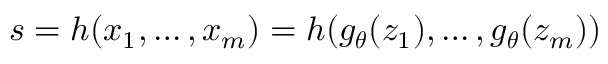
s = h ( x _ { 1 } , \ldots , x _ { m } ) = h ( g _ { \boldsymbol { \theta } } ( z _ { 1 } ) , \ldots , g _ { \boldsymbol { \theta } } ( z _ { m } ) )